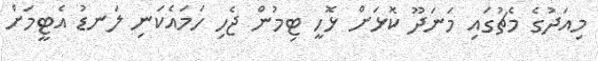
މިއަދުގެ މެޗުގައި މަނަދޫ ކޮޅަށް ޅޮހީ ޓިމުން ޖެހި ހަމައެކަނި ލަނޑު އެޓީމަށް